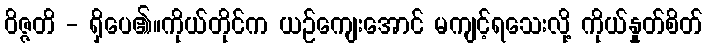
ဝိဇ္ဇတိ - ရှိပေ၏။ကိုယ်တိုင်က ယဉ်ကျေးအောင် မကျင့်ရသေးလို့ ကိုယ်နှုတ်စိတ်